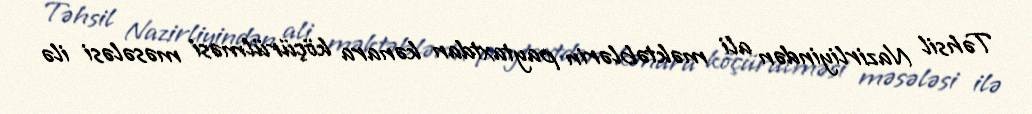
Təhsil Nazirliyindən ali məktəblərin paytaxtdan kənara köçürülməsi məsələsi ilə